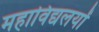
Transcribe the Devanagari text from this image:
महाविद्यलयों